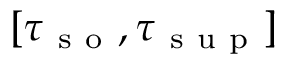
[ \tau _ { \mathrm { ~ s ~ o ~ } } , \tau _ { \mathrm { ~ s ~ u ~ p ~ } } ]